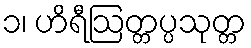
၁၊ ဟိရီဩတ္တပ္ပသုတ္တ